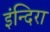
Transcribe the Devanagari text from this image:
इंन्दिरा